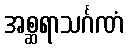
အစ္ဆရာသင်္ဂဏံ